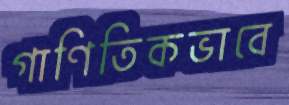
গাণিতিকভাবে